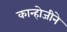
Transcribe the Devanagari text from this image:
कान्होजीने